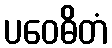
ပဝေဓိတံ